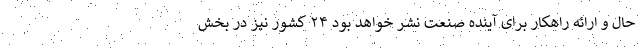
حال و ارائه راهکار برای آینده صنعت نشر خواهد بود ۲۴ کشور نیز در بخش